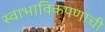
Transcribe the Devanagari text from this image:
स्वाभाविकपणाची